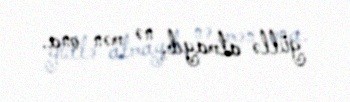
güllə atmayıb, nə mən ona.